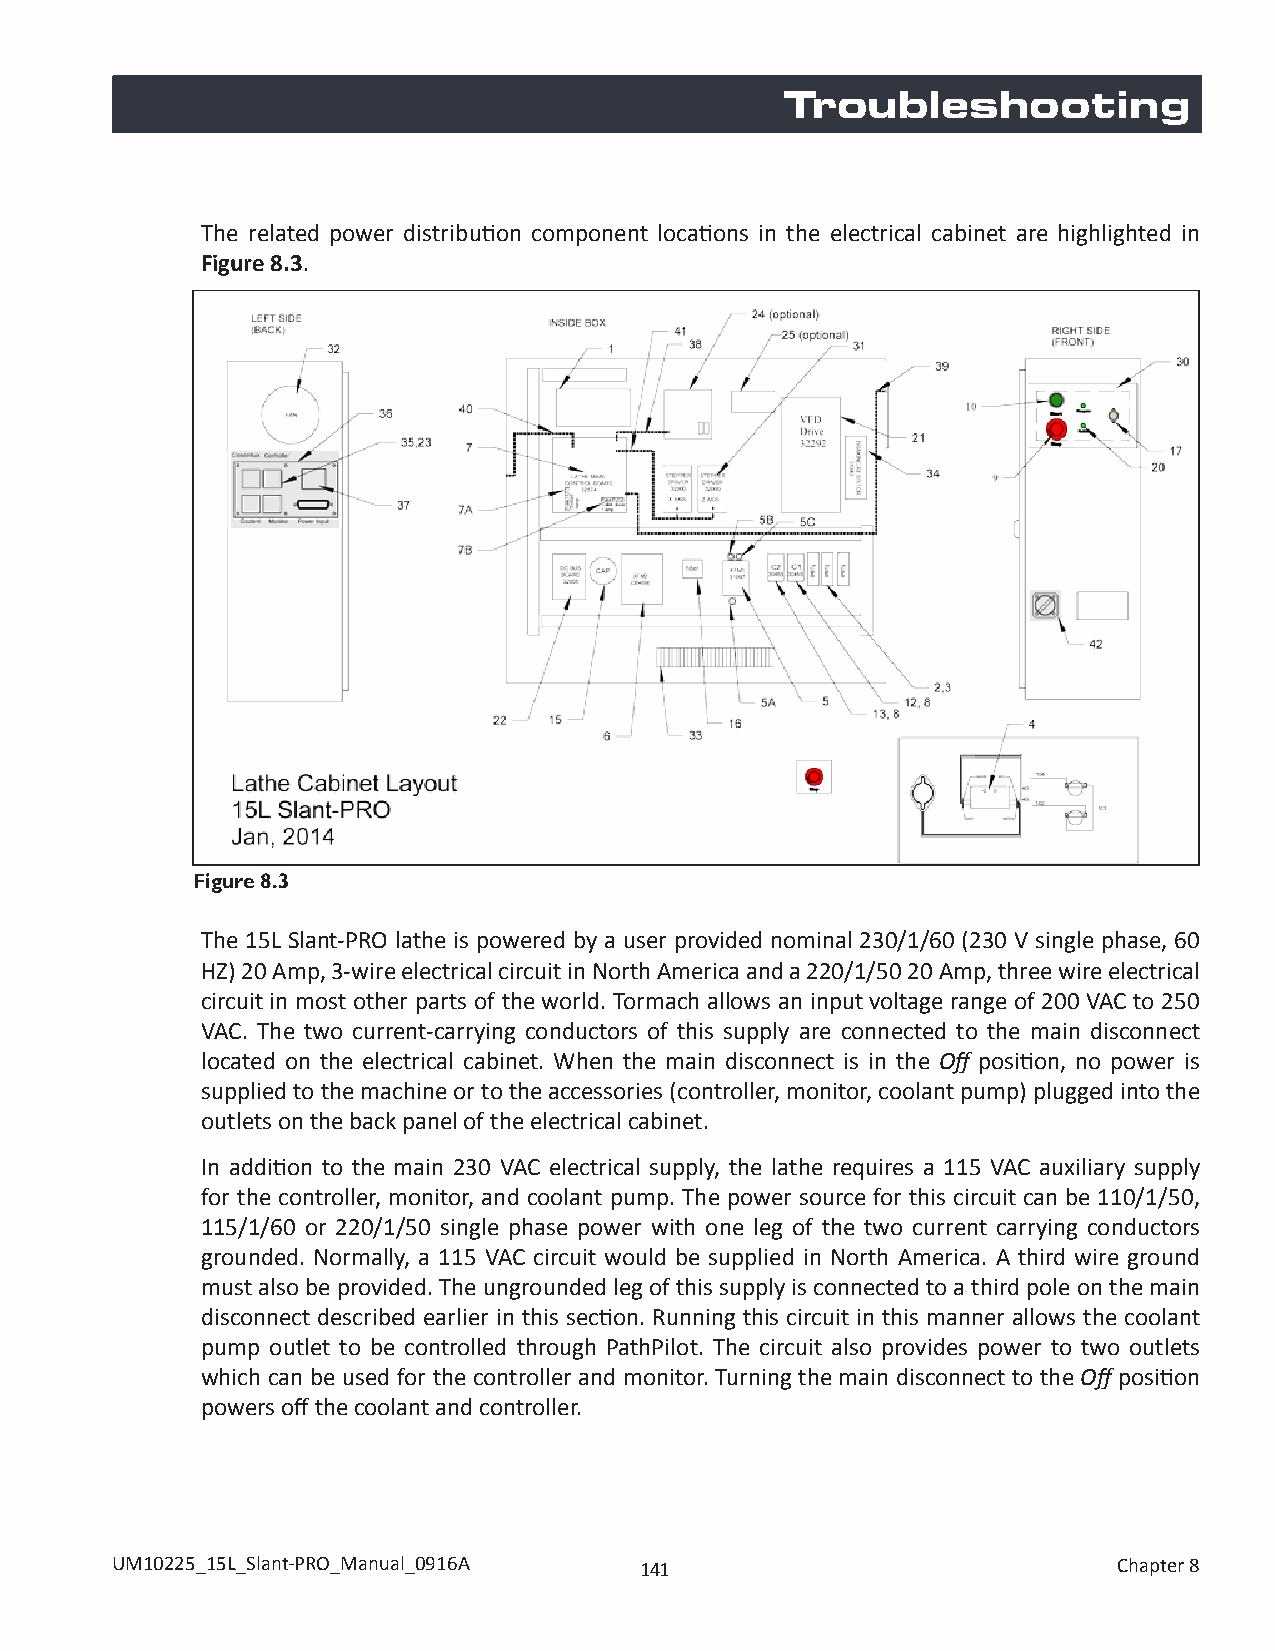
Troubleshooting
 The related power distribution component locations in the electrical cabinet are highlighted in
 Figure 8.3.
 Figure 8.3
 The 15L Slant-PRO lathe is powered by a user provided nominal 230/1/60 (230 V single phase, 60
 HZ) 20 Amp, 3-wire electrical circuit in North America and a 220/1/50 20 Amp, three wire electrical
 circuit in most other parts of the world. Tormach allows an input voltage range of 200 VAC to 250
 VAC. The two current-carrying conductors of this supply are connected to the main disconnect
 located on the electrical cabinet. When the main disconnect is in the Off position, no power is
 supplied to the machine or to the accessories (controller, monitor, coolant pump) plugged into the
 outlets on the back panel of the electrical cabinet.
 In addition to the main 230 VAC electrical supply, the lathe requires a 115 VAC auxiliary supply
 for the controller, monitor, and coolant pump. The power source for this circuit can be 110/1/50,
 115/1/60 or 220/1/50 single phase power with one leg of the two current carrying conductors
 grounded. Normally, a 115 VAC circuit would be supplied in North America. A third wire ground
 must also be provided. The ungrounded leg of this supply is connected to a third pole on the main
 disconnect described earlier in this section. Running this circuit in this manner allows the coolant
 pump outlet to be controlled through PathPilot. The circuit also provides power to two outlets
 which can be used for the controller and monitor. Turning the main disconnect to the Off position
 powers off the coolant and controller.
 UM10225_15L_Slant-PRO_Manual_0916A 141                             Chapter 8